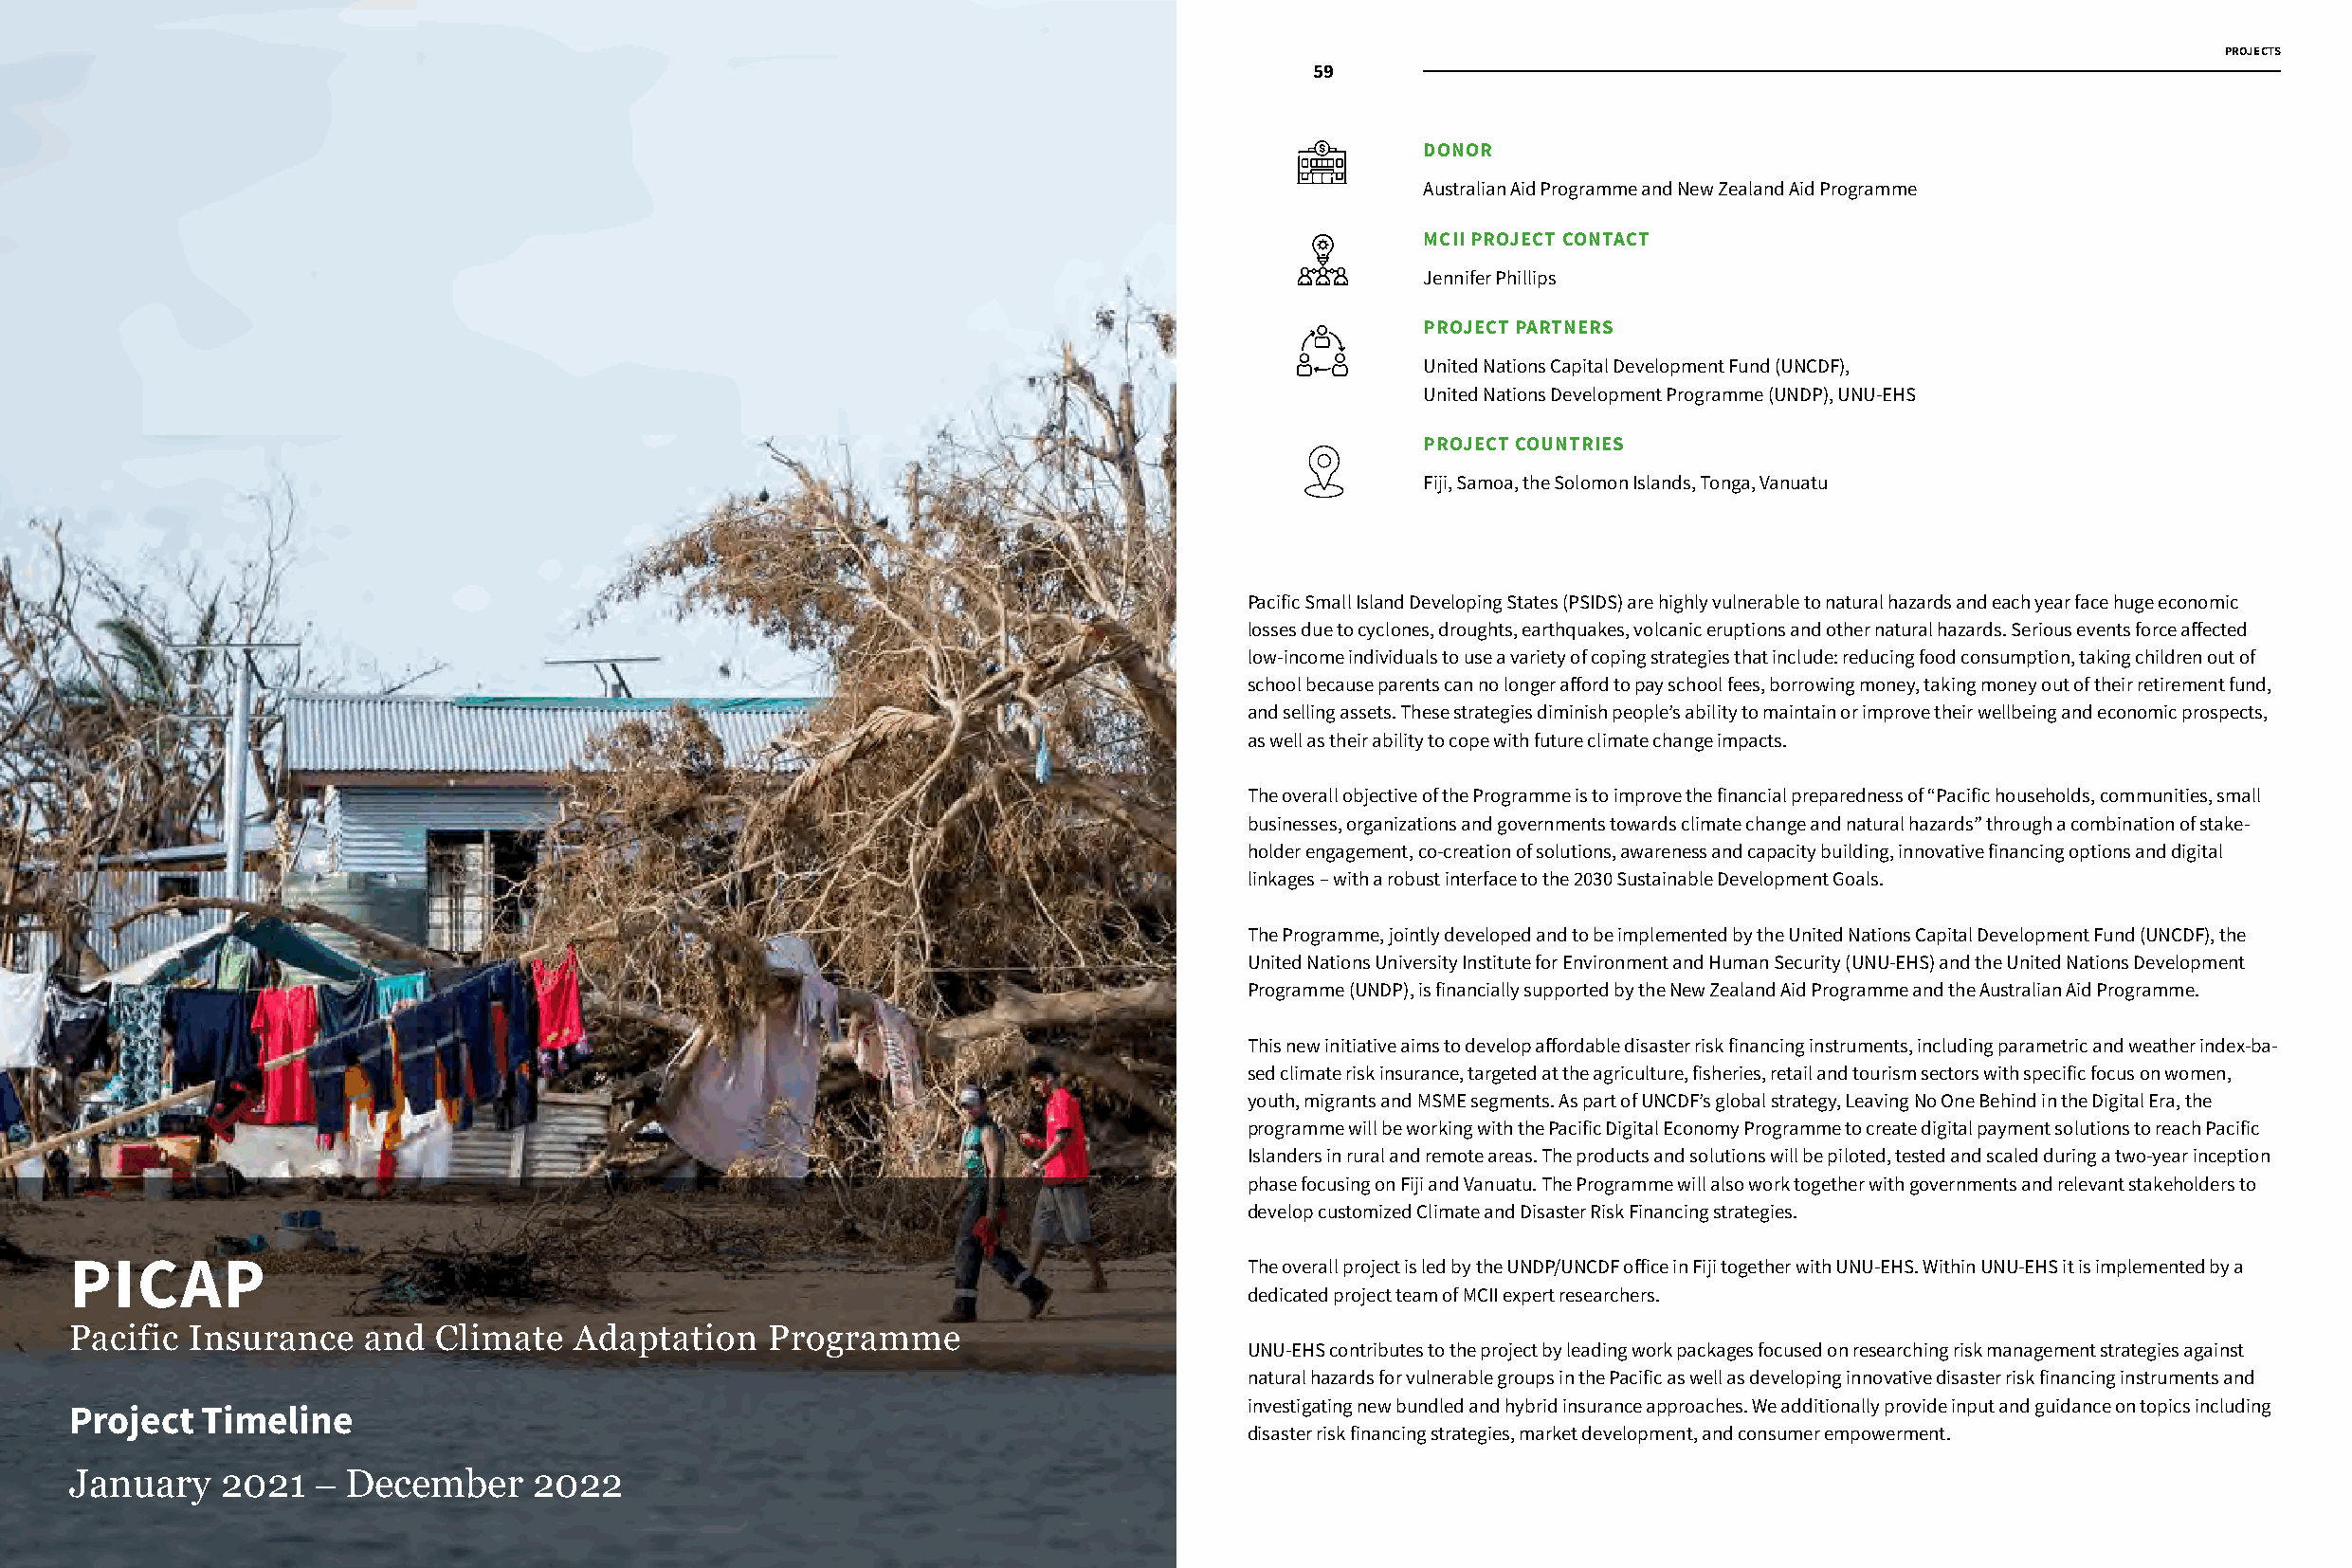
PROJECTS
 58                   59
 DONOR
 Australian Aid Programme and New Zealand Aid Programme
 MCII PROJECT CONTACT
 Jennifer Phillips
 PROJECT PARTNERS
 United Nations Capital Development Fund (UNCDF),
 United Nations Development Programme (UNDP), UNU-EHS
 PROJECT COUNTRIES
 Fiji, Samoa, the Solomon Islands, Tonga, Vanuatu
 Pacific Small Island Developing States (PSIDS) are highly vulnerable to natural hazards and each year face huge economic
 losses due to cyclones, droughts, earthquakes, volcanic eruptions and other natural hazards. Serious events force affected
 low-income individuals to use a variety of coping strategies that include: reducing food consumption, taking children out of
 school because parents can no longer afford to pay school fees, borrowing money, taking money out of their retirement fund,
 and selling assets. These strategies diminish people’s ability to maintain or improve their wellbeing and economic prospects,
 as well as their ability to cope with future climate change impacts.
 The overall objective of the Programme is to improve the financial preparedness of “Pacific households, communities, small
 businesses, organizations and governments towards climate change and natural hazards” through a combination of stake-
 holder engagement, co-creation of solutions, awareness and capacity building, innovative financing options and digital
 linkages – with a robust interface to the 2030 Sustainable Development Goals.
 The Programme, jointly developed and to be implemented by the United Nations Capital Development Fund (UNCDF), the
 United Nations University Institute for Environment and Human Security (UNU-EHS) and the United Nations Development
 Programme (UNDP), is financially supported by the New Zealand Aid Programme and the Australian Aid Programme.
 This new initiative aims to develop affordable disaster risk financing instruments, including parametric and weather index-ba-
 sed climate risk insurance, targeted at the agriculture, fisheries, retail and tourism sectors with specific focus on women,
 youth, migrants and MSME segments. As part of UNCDF’s global strategy, Leaving No One Behind in the Digital Era, the
 programme will be working with the Pacific Digital Economy Programme to create digital payment solutions to reach Pacific
 Islanders in rural and remote areas. The products and solutions will be piloted, tested and scaled during a two-year inception
 phase focusing on Fiji and Vanuatu. The Programme will also work together with governments and relevant stakeholders to
 develop customized Climate and Disaster Risk Financing strategies.
 PICAP                                                                             The overall project is led by the UNDP/UNCDF office in Fiji together with UNU-EHS. Within UNU-EHS it is implemented by a
 dedicated project team of MCII expert researchers.
 Pacific Insurance   and  Climate   Adaptation    Programme
 UNU-EHS contributes to the project by leading work packages focused on researching risk management strategies against
 natural hazards for vulnerable groups in the Pacific as well as developing innovative disaster risk financing instruments and
 investigating new bundled and hybrid insurance approaches. We additionally provide input and guidance on topics including
 Project  Timeline
 disaster risk financing strategies, market development, and consumer empowerment.
 January   2021   – December     2022